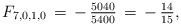
\begin{align*}F_{7,0,1,0}\,=\,-\,\tfrac{5040}{5400}\,=\,-\,\tfrac{14}{15},\end{align*}